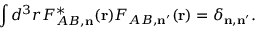
\int d ^ { 3 } r F _ { A B , { \bf n } } ^ { \ast } ( { \bf r } ) F _ { A B , { \bf n } ^ { \prime } } ( { \bf r } ) = \delta _ { { \bf n } , { \bf n } ^ { \prime } } .